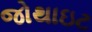
જોથાઇટ